Report on vaccination in Madras 1877-1894 - 1877-1894
Year: 1877
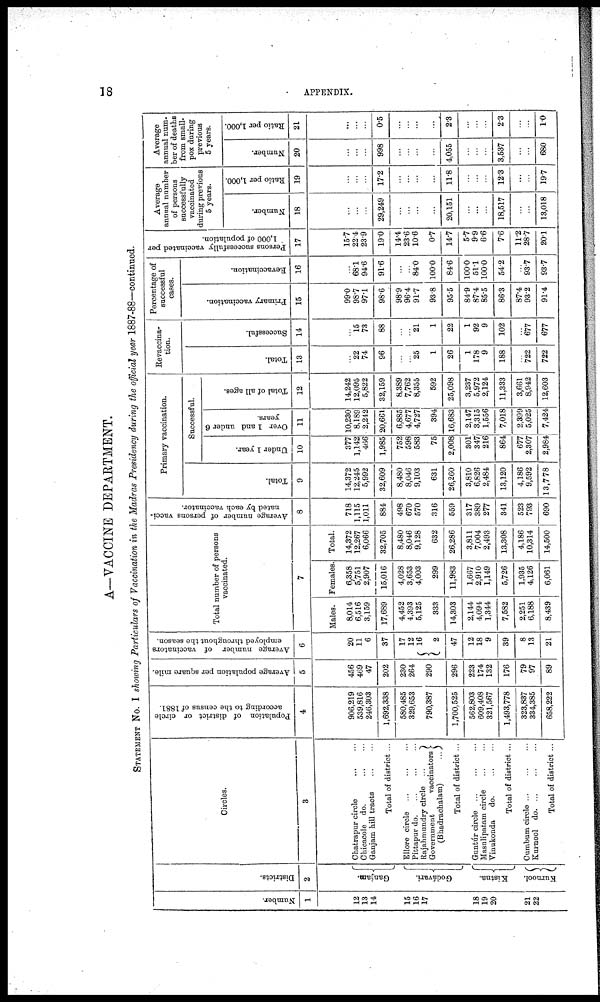
18
APPENDIX.
A—VACCINE DEPARTMENT.
STATEMENT No. I showing Particulars of Vaccination in the Madras Presidency during the official year 1887-88—continued.
Number.
1
12
13
14
15
16
17
18
19
20
21
22
Districts.
2
Ga nj a m.
Godávari.
Kistna.
Kurnool.
Circles.
3
Chatrapur circle ... ...
Chicacole do.
...
...
Ganjam hill tracts
...
...
Total of district ...
Ellore Circle ... ... ...
Pittapur do
...
...
...
Rajahmundry circle ...
Government
vaccinators
(Bhadrachalam)
...
Total of district ...
Guntúr circle ... ... ...
Masulipatam circle
...
...
Vinukonda
do.
Total of district ...
Cumbum circle
...
...
...
Kurnool do
...
...
...
Total of district ...
Population of district or circle
according to the census of 1881.
4
906,219
539,816
246,303
1,692,338
580,485
329,653
790,387
1,700,525
562,803
609,408
321,567
1,493,778
323,837
334,385
658,222
Average population per square mile.
5
456
469
47
202
230
264
290
296
223
174
132
176
79
97
89
Average number of vaccinators
employed throughout the season.
6
20
11
6
37
17
12
16
2
47
12
18
9
39
8
13
21
Total number of persons
vaccinated.
7
Males.
8,014
6,516
3,159
17,689
4,452
4,393
5,125
333
14,303
2,144
4,094
1,344
7,582
2,251
6,188
8,439
Females.
6,358
5,751
2,907
15,016
4,028
3,653
4,003
299
11,983
1,667
2,910
1,149
5,726
1,935
4,126
6,061
Total.
14,372
12,267
6,066
32,705
8,480
8,046
9,128
632
26,286
3,811
7,004
2,493
13,308
4,186
10,314
14,500
Average number of persons vacci-
nated by each vaccinator.
8
718
1,115
1,011
884
498
670
570
316
559
317
389
277
341
523
793
690
Primary vaccination.
Total.
9
14,372
12,245
5,992
32,609
8,480
8,046
9,103
631
26,260
3,810
6,826
2,484
13,120
4,186
9,592
13,778
Successful.
Under 1 year.
10
377
1,142
466
1,985
752
598
583
75
2,008
301
347
216
864
677
2,307
2,984
Over 1 and under 6
years.
11
10,230
8,189
2,242
20,661
6,885
4,677
4,727
394
16,683
2,147
3,315
1,556
7,018
2,399
5,025
7,424
Total of all ages.
12
14,242
12,095
5,822
32,159
8,389
7,762
8,355
592
25,098
3,237
5,972
2,124
11,333
3,661
8,942
12,603
Re vaccina-
tion.
Total.
13
...
22
74
96
...
...
25
1
26
1
178
9
188
...
722
722
Successful.
14
...
15
73
88
...
...
21
1
22
1
92
9
102
...
677
677
Percentage of
successful
cases.
Primary vaccination.
15
99.0
98.7
97.1
98.6
98.9
96.4
91.7
93.8
95.5
84.9
87.4
85.5
86.3
87.4
93.2
91.4
Revaccination.
16
...
68.1
94.6
91.6
...
...
84.0
100.0
84.6
100.0
51.1
100.0
54.2
...
93.7
93.7
Persons successfully vaccinated per
1,000 of population.
17
15.7
22.4
23.9
19.0
14.4
23.6
10.6
0.7
14.7
5.7
9.9
6.6
7.6
11.2
28.7
20.1
Average
annual number
of persons
successfully
vaccinated
during previous
5 years.
Number.
18
...
...
...
29,249
...
...
...
...
20,151
...
...
...
18,517
...
...
13,018
Ratio per 1,000.
19
...
...
...
17.2
...
...
...
...
11.8
...
...
...
12.3
...
...
19.7
Average
annual num-
ber of deaths
from small-
pox during
previous
5 years.
Number.
20
...
...
...
998
...
...
...
...
4,055
...
...
...
3,537
...
...
680
Ratio per 1,000.
21
...
...
...
0.5
...
...
...
...
20.3
...
...
...
2.3
...
...
1.0